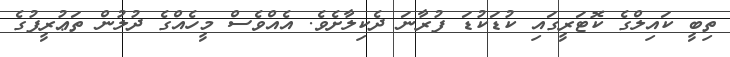
ތިބީ ކައިލްގެ ކޮޓަރީގައި ކުޑަކުޑަ ފުރާނަ ދެކިލާށެވެ. އެއްވެސް މީހެއްގެ ދުލުން ތަޢުރީފުގެ